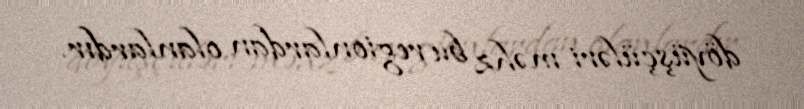
döyüşçüləri məhz bu regionlardan olanlardır.